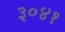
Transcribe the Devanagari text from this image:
३०४१